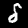
Digit: 8